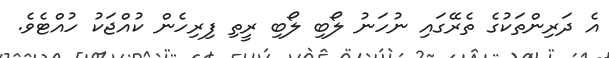
އެ ދަރިންތަކުގެ ތެރޭގައި ނުހަނު ލޯބި ލޯބި ރީތި ފިރިހެން ކުއްޖަކު ހުއްޓެވެ.